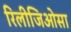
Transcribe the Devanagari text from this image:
रिलीजिओसा